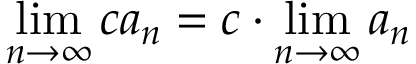
\operatorname* { l i m } _ { n \to \infty } c a _ { n } = c \cdot \operatorname* { l i m } _ { n \to \infty } a _ { n }